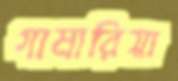
গামারিয়া